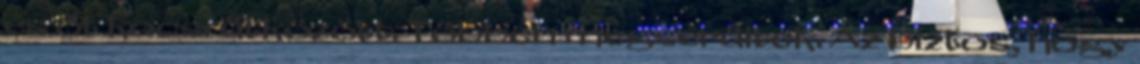
és öt kocsi ütközött. Többen megsérültek. Az biztos, hogy